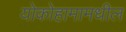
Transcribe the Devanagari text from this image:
योकोहामामधील